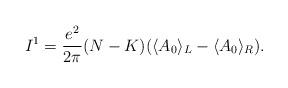
LaTeX: \begin{align*}I^1={e^2\over 2\pi}(N-K)(\langle A_0\rangle_L-\langle A_0\rangle_R).\end{align*}